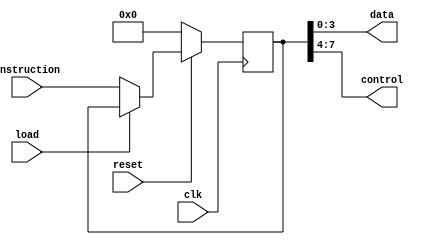
// INSTRUCTION REGISTER

module instruction_reg( input load,
								input clk,
								input reset,
								input [7:0] instruction,
								output [3:0] data,
								output [3:0] control);
	
	reg [7:0] instruction_val;
								
	always@ (negedge clk) begin
	
		if (!reset) begin // Active low reset
			instruction_val <= 8'h00;
		end
		
		else if (!load) begin // Active low load
			instruction_val <= instruction;
		end
		
	end
	
	assign control = instruction_val[7:4];
	assign data = instruction_val[3:0];
										
								
endmodule